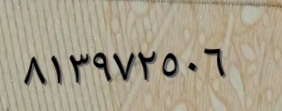
٨١٣٩٧٢٥٠٦